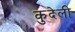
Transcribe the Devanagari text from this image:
कुदेली